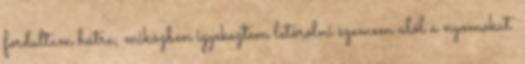
fordultam hátra, miközben igyekeztem letörölni szemem alól a nyomokat.